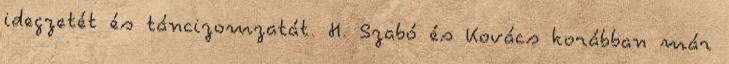
idegzetét és táncizomzatát. H. Szabó és Kovács korábban már